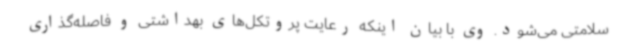
سلامتی می‌شود. وی با بیان اینکه رعایت پروتکل‌های بهداشتی و فاصله‌گذاری